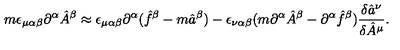
m \epsilon _ { \mu \alpha \beta } \partial ^ { \alpha } \hat { A } ^ { \beta } \approx \epsilon _ { \mu \alpha \beta } \partial ^ { \alpha } ( \hat { f } ^ { \beta } - m \hat { a } ^ { \beta } ) - \epsilon _ { \nu \alpha \beta } ( m \partial ^ { \alpha } \hat { A } ^ { \beta } - \partial ^ { \alpha } \hat { f } ^ { \beta } ) \frac { \delta \hat { a } ^ { \nu } } { \delta \hat { A } ^ { \mu } } .